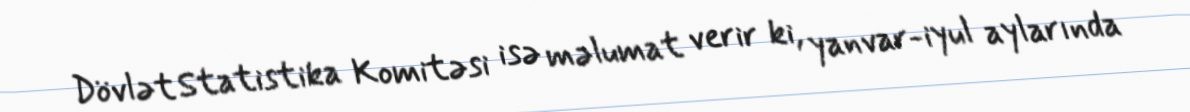
Dövlət Statistika Komitəsi isə məlumat verir ki, yanvar-iyul aylarında